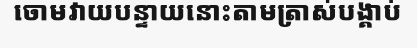
ចោមវាយបន្ទាយនោះតាមត្រាស់បង្គាប់